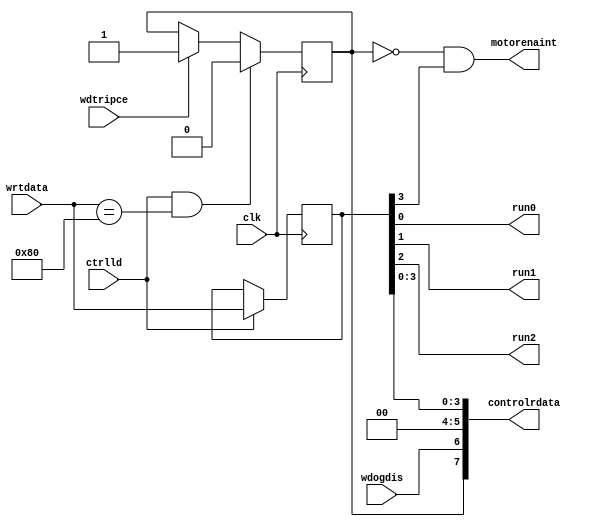
module wdregister(
	input clk,
	input ctrlld,
	input wdtripce,
	input wdogdis,
	input [7:0] wrtdata,
	output motorenaint,
	output run0,
	output run1,
	output run2,
	output [7:0] controlrdata);
	reg motorenaintreg = 0;
	reg wdtrip = 0;
	reg [7:0] controlreg = 0;
	reg [7:0] controlrdatareg;
	assign motorenaint = motorenaintreg;
	assign run0 = controlreg[0];
	assign run1 = controlreg[1];
	assign run2 = controlreg[2];
	assign controlrdata = controlrdatareg;
	always @(*) begin
		controlrdatareg <= {wdtrip, wdogdis, 1'b0, 1'b0, controlreg[3:0]};
		motorenaintreg <=  ~wdtrip & controlreg[3];
	end
	always @(posedge clk) begin
		if(ctrlld)
			controlreg <= wrtdata;
		if(wdtripce)
			wdtrip <= 1;
		if(ctrlld && ( wrtdata == 8'h80))
			wdtrip <= 0;
	end
endmodule